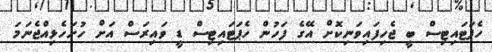
ހެޕަޓައިޓިސް ބީ ޖެހިފައިވަނިކޮށް އޭގެ ފަހުން ހެޕަޓައިޓިސް ޑީ ވައިރަސް އަށް ހުށަހެޅިއްޖެނަމަ